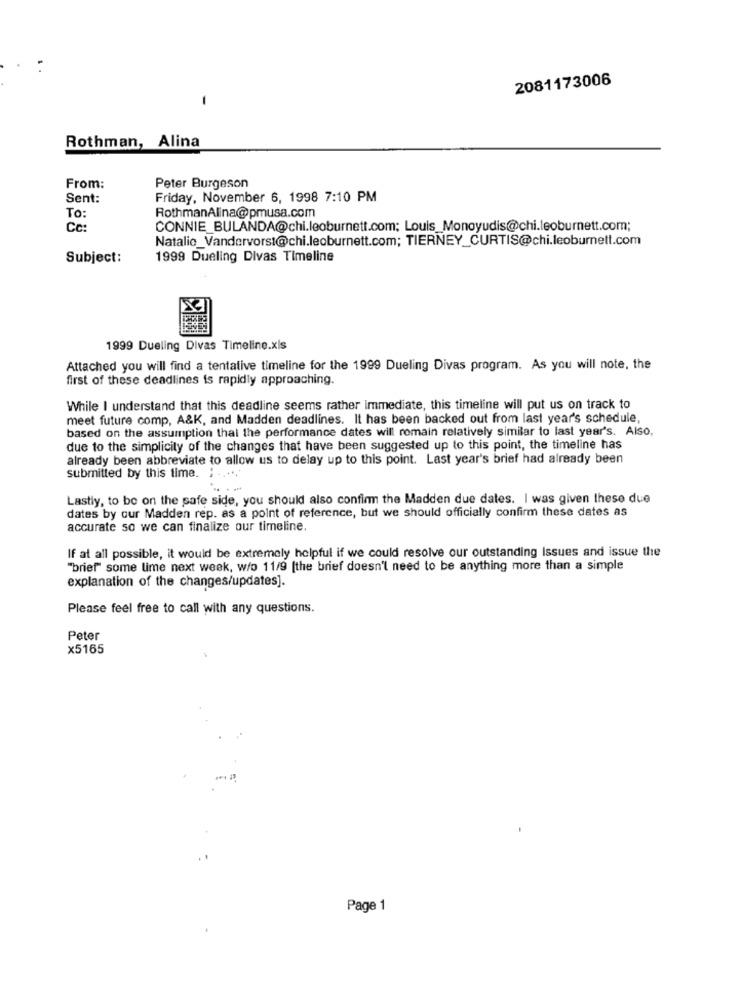
2081173006
Rothman, Alina
From:
Peter Burgeson
Sent:
Friday, November 6, 1998 7:10 PM
To:
RothmanAlina@pmusa.com
Cc:
CONNIE_BULANDA@chi.leoburnett.com; Louis_Monoyudis@chi.leoburnett.com;
Natalie_Vandervorst@chi.leoburnett.com; TIERNEY_CURTIS@chi.leoburnett.com
Subject:
1999 Dueling Divas Timeline
1999 Dueling Divas Timeline.xls
Attached you will find a tentative timeline for the 1999 Dueling Divas program. As you will note, the
first of these deadlines is rapidly approaching.
While I understand that this deadline seems rather Immediate, this timeline will put us on track to
meet future comp, A&K, and Madden deadlines. It has been backed out from last year's schedule
based on the assumption that the performance dates will romain relatively similar to last year's. Also,
due to the simplicity of the changes that have been suggested up to this point, the timeline has
already been abbreviate to allow us to delay up to this point. Last year's brief had already been
submitted by this time. ; ..
Lastly, to be on the safe side, you should also confirm the Madden due dates. I was given these due
dates by our Madden rep. as a point of reference, but we should officially confirm these dates as
accurate so we can finalize our timeline.
If at all possible, it would be extremely helpful if we could resolve our outstanding Issues and issue the
"brief" some lime next week, w/o 11/9 [the brief doesn't need to be anything more than a simple
explanation of the changes/updates].
Please feel free to call with any questions.
Peter
x5165
Page 1